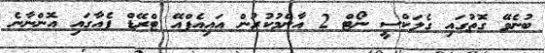
ބުނެވޭ ގޮތުގައި ގެލަކްސީ ނޯޓް 2 އާންމުކުރުން އައިއެފްއޭ ޓްރޭޑް ފެއާގައި އޮންނާނެ